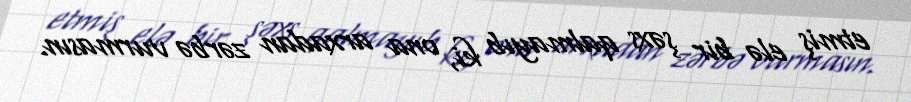
etmiş elə bir şəxs qalmayıb ki, ona arxadan zərbə vurmasın.